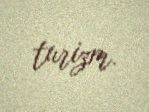
turizm.